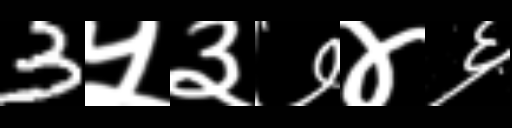
Text: 3५३७४६